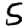
Digit: 5